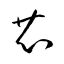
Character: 芯